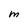
Character: M